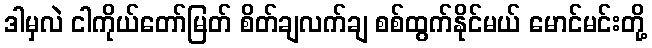
ဒါမှလဲ ငါကိုယ်တော်မြတ် စိတ်ချလက်ချ စစ်ထွက်နိုင်မယ် မောင်မင်းတို့